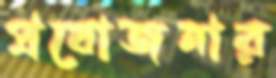
প্রযোজনার